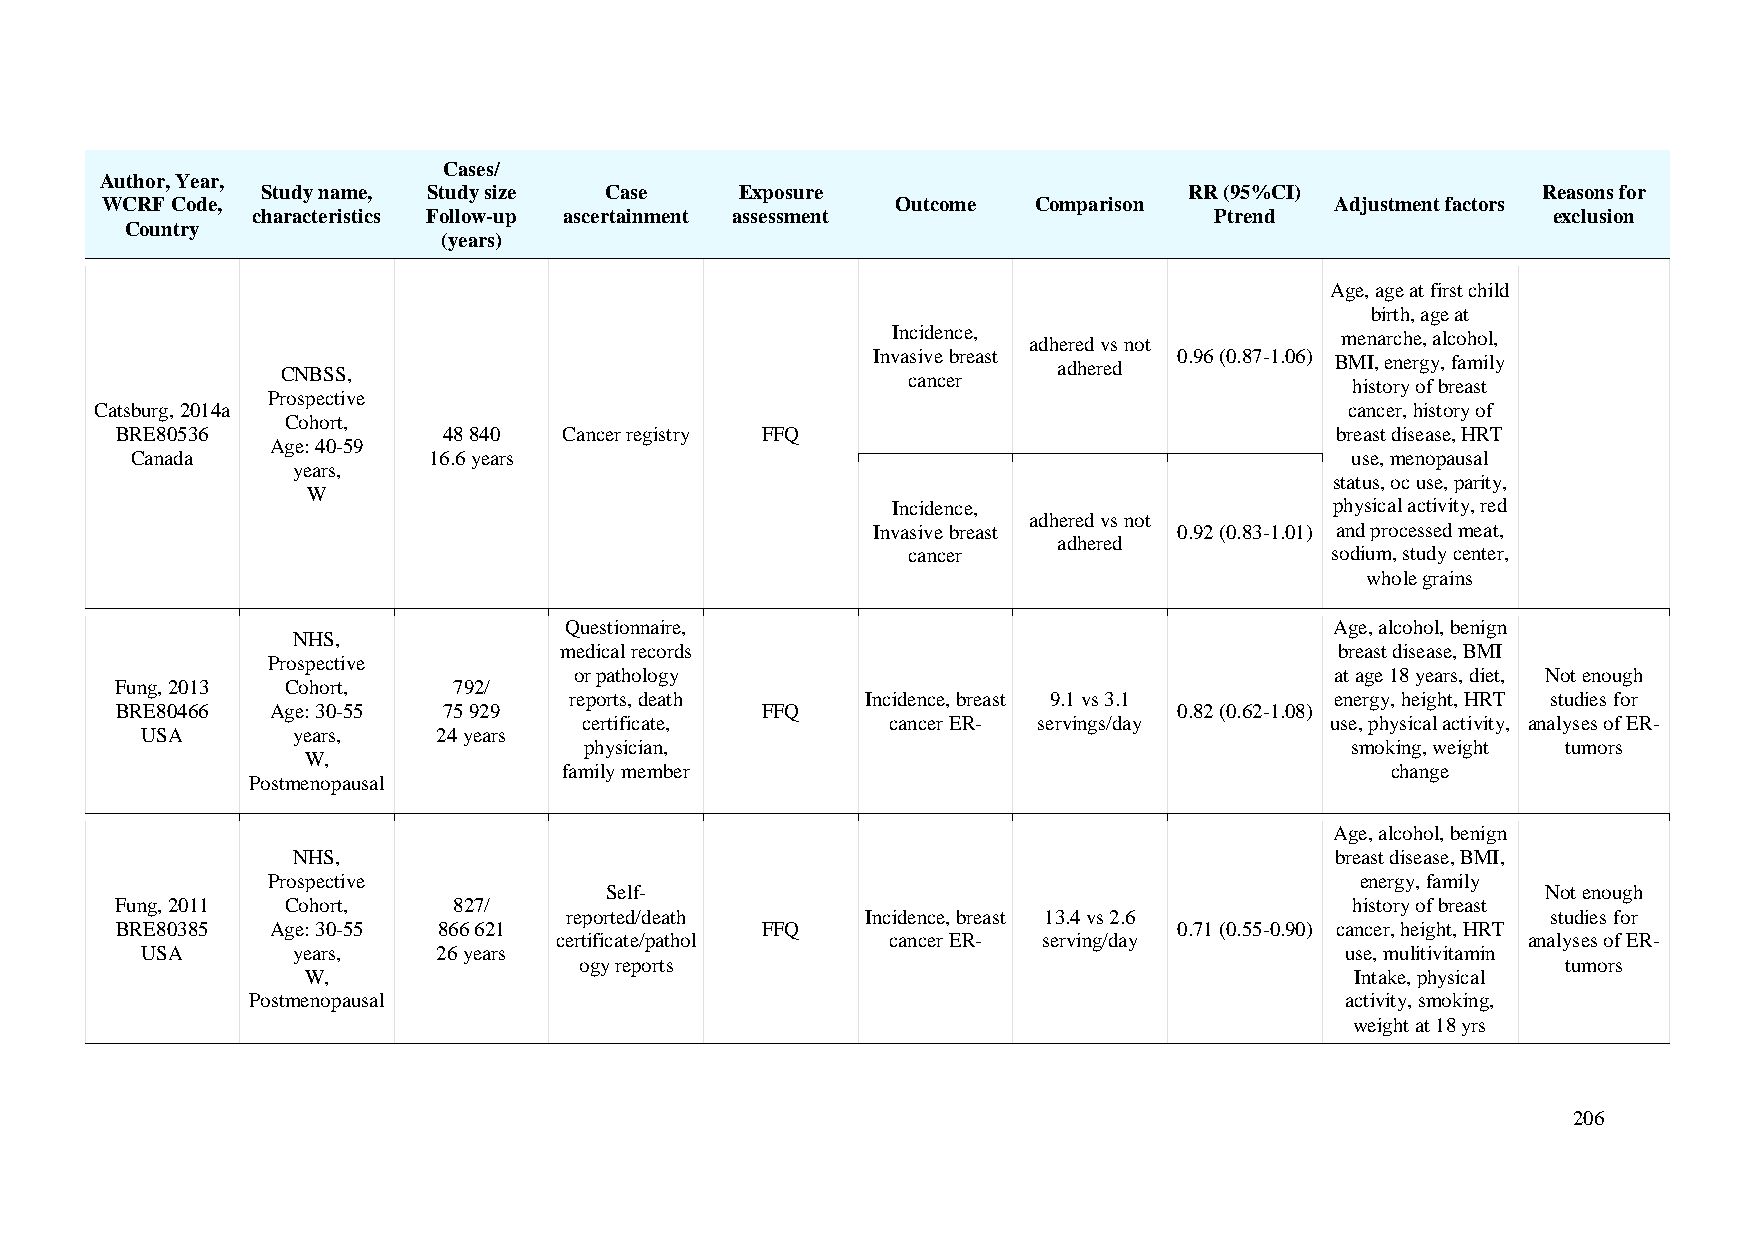
Cases/
 Author, Year,
 Study name, Study size Case     Exposure                      RR (95%CI)             Reasons for
 WCRF Code,                                          Outcome   Comparison         Adjustment factors
 characteristics Follow-up ascertainment assessment             Ptrend                 exclusion
 Country
 (years)
 Age, age at first child
 birth, age at
 Incidence, adhered vs not     menarche, alcohol,
 Invasive breast     0.96 (0.87-1.06) BMI, energy, family
 CNBSS,                                             adhered
 cancer                        history of breast
 Prospective
 Catsburg, 2014a                                                                    cancer, history of
 Cohort,
 BRE80536             48 840  Cancer registry FFQ                                breast disease, HRT
 Age: 40-59
 Canada             16.6 years                                                   use, menopausal
 years,
 status, oc use, parity,
 W
 Incidence,                   physical activity, red
 adhered vs not
 Invasive breast     0.92 (0.83-1.01) and processed meat,
 adhered
 cancer                      sodium, study center,
 whole grains
 Questionnaire,                                     Age, alcohol, benign
 NHS,
 medical records                                     breast disease, BMI
 Prospective
 or pathology                                      at age 18 years, diet, Not enough
 Fung, 2013 Cohort,    792/
 reports, death     Incidence, breast 9.1 vs 3.1   energy, height, HRT studies for
 BRE80466  Age: 30-55 75 929               FFQ                         0.82 (0.62-1.08)
 certificate,        cancer ER- servings/day      use, physical activity, analyses of ER-
 USA       years,    24 years
 physician,                                        smoking, weight tumors
 W,
 family member                                          change
 Postmenopausal
 Age, alcohol, benign
 NHS,                                                                 breast disease, BMI,
 Prospective                                                             energy, family
 Self-                                                         Not enough
 Fung, 2011 Cohort,    827/                                                        history of breast
 reported/death      Incidence, breast 13.4 vs 2.6                 studies for
 BRE80385  Age: 30-55 866 621              FFQ                         0.71 (0.55-0.90) cancer, height, HRT
 certificate/pathol    cancer ER- serving/day                    analyses of ER-
 USA       years,    26 years                                                    use, mulitivitamin
 ogy reports                                                       tumors
 W,                                                                    Intake, physical
 Postmenopausal                                                           activity, smoking,
 weight at 18 yrs
 206